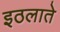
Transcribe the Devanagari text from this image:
इठलाते